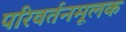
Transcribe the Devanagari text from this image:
परिवर्तनमूलक